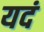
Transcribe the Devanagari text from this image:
यदं